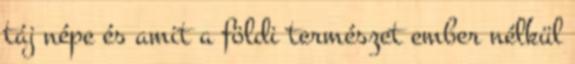
táj népe és amit a földi természet ember nélkül